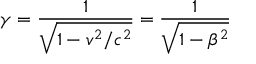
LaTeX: \gamma = { \frac { 1 } { \sqrt { 1 - v ^ { 2 } / c ^ { 2 } } } } = { \frac { 1 } { \sqrt { 1 - \beta ^ { 2 } } } }